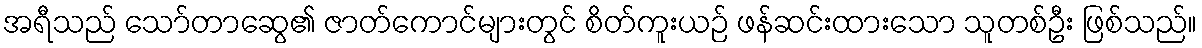
အရီသည် သော်တာဆွေ၏ ဇာတ်ကောင်များတွင် စိတ်ကူးယဉ် ဖန်ဆင်းထားသော သူတစ်ဦး ဖြစ်သည်။